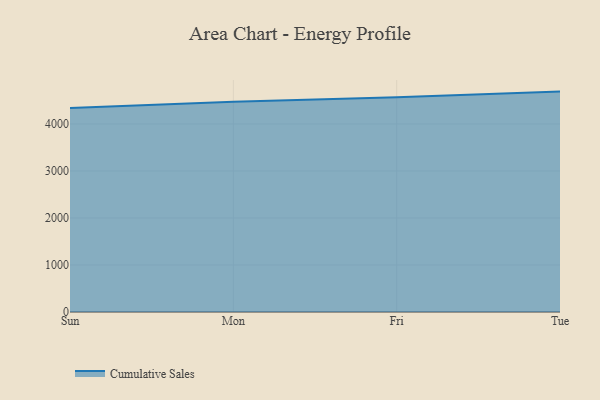
{"axis": {"x": "Day", "y": "Market Share (%)"}, "legend": ["Cumulative Sales"], "data": [{"x": "Sun", "y": 4341.5, "type": "Cumulative Sales"}, {"x": "Mon", "y": 4473.7, "type": "Cumulative Sales"}, {"x": "Fri", "y": 4571.1, "type": "Cumulative Sales"}, {"x": "Tue", "y": 4688.8, "type": "Cumulative Sales"}]}